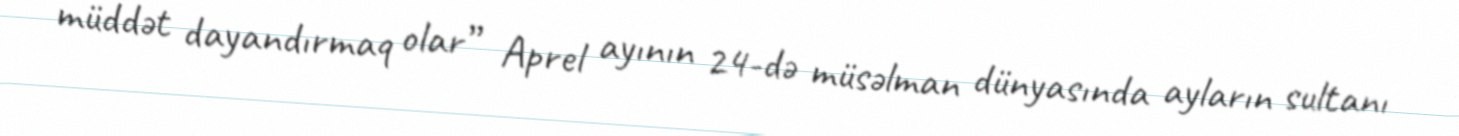
müddət dayandırmaq olar” Aprel ayının 24-də müsəlman dünyasında ayların sultanı